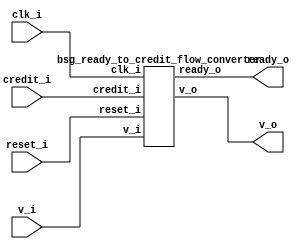


module top
(
  clk_i,
  reset_i,
  v_i,
  ready_o,
  v_o,
  credit_i
);

  input clk_i;
  input reset_i;
  input v_i;
  input credit_i;
  output ready_o;
  output v_o;

  bsg_ready_to_credit_flow_converter
  wrapper
  (
    .clk_i(clk_i),
    .reset_i(reset_i),
    .v_i(v_i),
    .credit_i(credit_i),
    .ready_o(ready_o),
    .v_o(v_o)
  );


endmodule



module bsg_counter_up_down_variable_max_val_p10_init_val_p0_max_step_p1
(
  clk_i,
  reset_i,
  up_i,
  down_i,
  count_o
);

  input [0:0] up_i;
  input [0:0] down_i;
  output [3:0] count_o;
  input clk_i;
  input reset_i;
  wire [3:0] count_o;
  wire N0,N1,N2,N3,N4,N5,N6,N7,N8;
  reg count_o_3_sv2v_reg,count_o_2_sv2v_reg,count_o_1_sv2v_reg,count_o_0_sv2v_reg;
  assign count_o[3] = count_o_3_sv2v_reg;
  assign count_o[2] = count_o_2_sv2v_reg;
  assign count_o[1] = count_o_1_sv2v_reg;
  assign count_o[0] = count_o_0_sv2v_reg;
  assign { N4, N3, N2, N1 } = count_o - down_i[0];
  assign { N8, N7, N6, N5 } = { N4, N3, N2, N1 } + up_i[0];
  assign N0 = ~reset_i;

  always @(posedge clk_i) begin
    if(reset_i) begin
      count_o_3_sv2v_reg <= 1'b0;
      count_o_2_sv2v_reg <= 1'b0;
      count_o_1_sv2v_reg <= 1'b0;
      count_o_0_sv2v_reg <= 1'b0;
    end else if(1'b1) begin
      count_o_3_sv2v_reg <= N8;
      count_o_2_sv2v_reg <= N7;
      count_o_1_sv2v_reg <= N6;
      count_o_0_sv2v_reg <= N5;
    end 
  end


endmodule



module bsg_ready_to_credit_flow_converter
(
  clk_i,
  reset_i,
  v_i,
  ready_o,
  v_o,
  credit_i
);

  input clk_i;
  input reset_i;
  input v_i;
  input credit_i;
  output ready_o;
  output v_o;
  wire ready_o,v_o,N0,N1;
  wire [3:0] credit_cnt;
  wire [0:0] up;

  bsg_counter_up_down_variable_max_val_p10_init_val_p0_max_step_p1
  credit_counter
  (
    .clk_i(clk_i),
    .reset_i(reset_i),
    .up_i(up[0]),
    .down_i(v_o),
    .count_o(credit_cnt)
  );

  assign N0 = credit_cnt[2] | credit_cnt[3];
  assign N1 = credit_cnt[1] | N0;
  assign ready_o = credit_cnt[0] | N1;
  assign v_o = v_i & ready_o;
  assign up[0] = credit_i;

endmodule